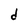
Character: d